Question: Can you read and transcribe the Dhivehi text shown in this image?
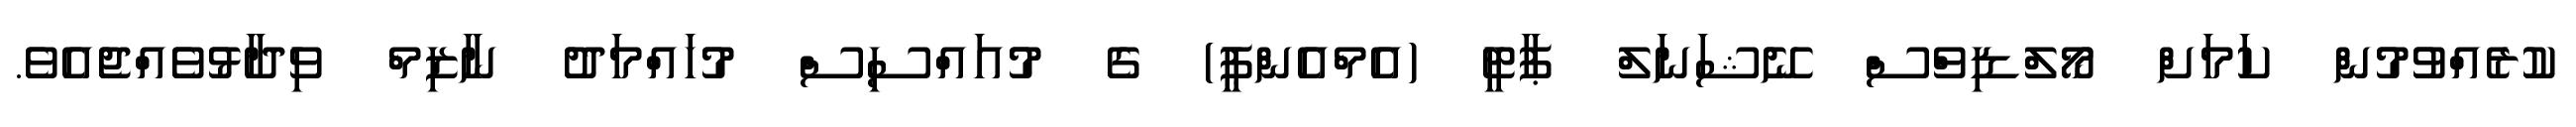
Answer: ކުރެއްވުމުން ކަމަށް މޯލްޑިވްސް ނޭޝަނަލް ޕާޓީ (އެމްއެންޕީ) ގެ މުއައްސިސް މުހައްމަދު ނާޒިމް ވިދާޅުވެއްޖެއެވެ.